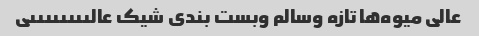
عالى میوه‌ها تازه وسالم وبست بندى شیک عالىىىىىىىىى